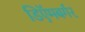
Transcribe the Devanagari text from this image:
डिऍमबर्गर